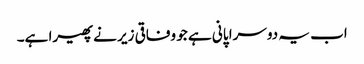
اب یہ دوسرا پانی ہے جو وفاقی زیر نے پھیرا ہے۔